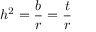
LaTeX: h ^ { 2 } = { \frac { b } { r } } = { \frac { t } { r } }